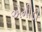
એમીડી